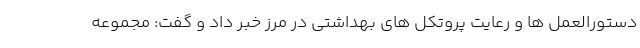
دستورالعمل ها و رعایت پروتکل های بهداشتی در مرز خبر داد و گفت: مجموعه